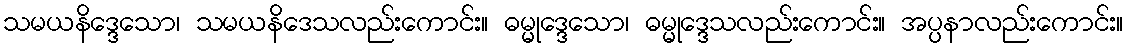
သမယနိဒ္ဒေသော၊ သမယနိဒေသလည်းကောင်း။ ဓမ္မုဒ္ဒေသော၊ ဓမ္မုဒ္ဒေသလည်းကောင်း။ အပ္ပနာလည်းကောင်း။